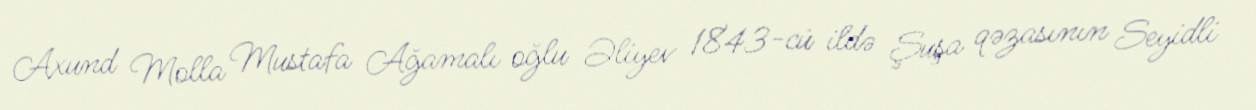
Axund Molla Mustafa Ağamalı oğlu Əliyev 1843-cü ildə Şuşa qəzasının Seyidli